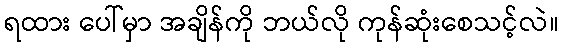
ရထား ပေါ်မှာ အချိန်ကို ဘယ်လို ကုန်ဆုံးစေသင့်လဲ။